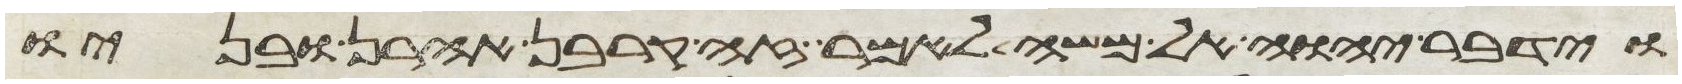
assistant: וידבר יהוה אל משה לאמר זה קרבן אהרן ובניו